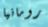
رومانيا